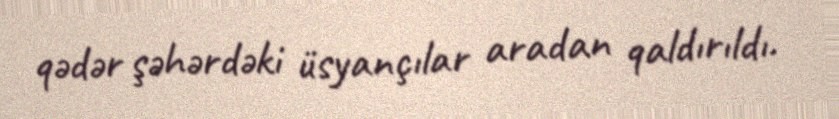
qədər şəhərdəki üsyançılar aradan qaldırıldı.